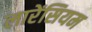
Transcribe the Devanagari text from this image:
लारेंसियम